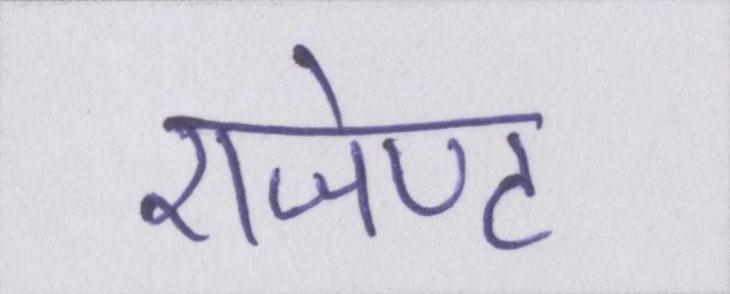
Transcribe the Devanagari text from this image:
एजेण्ट